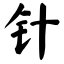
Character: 针